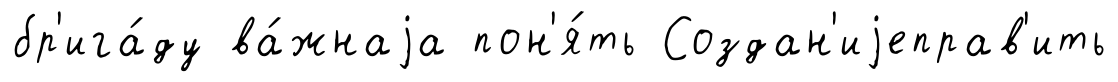
бр'ига́ду ва́жнаjа пон'я́ть Создан'иjеправ'ить